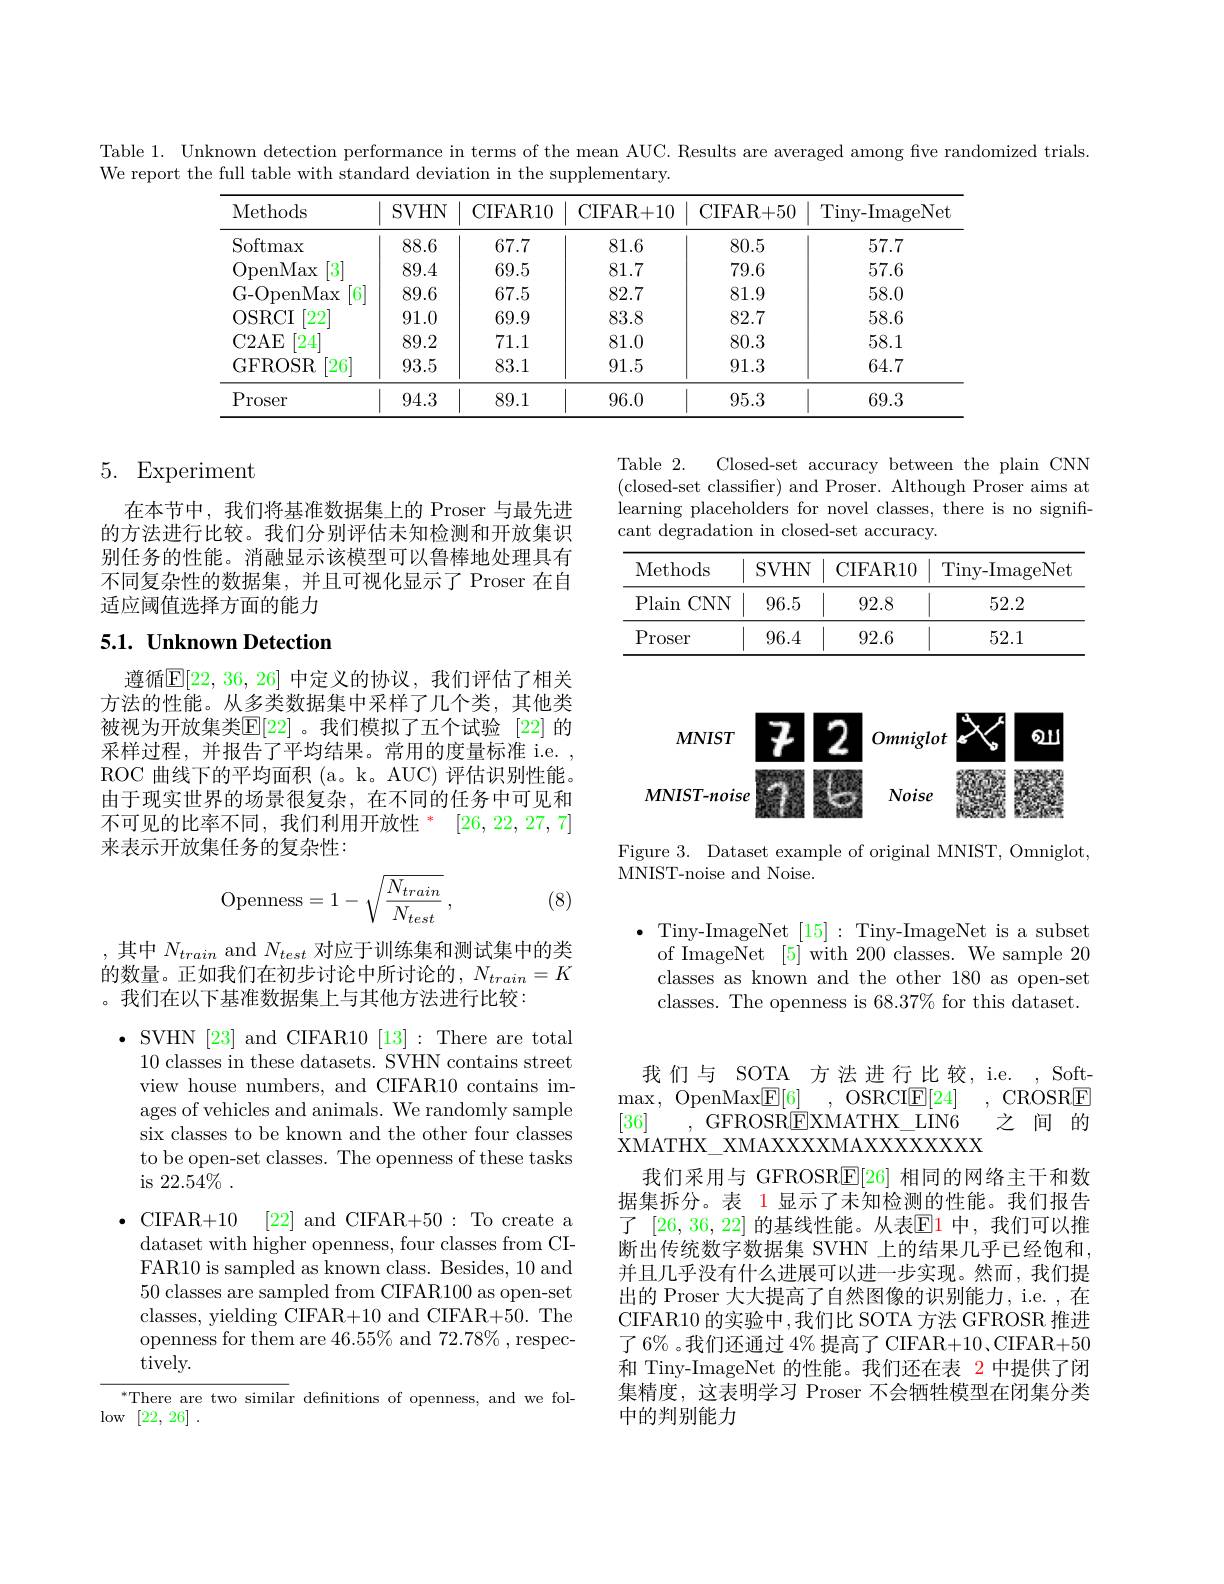
Table 1. Unknown detection performance in terms of the mean AUC. Results are averaged among five randomized trials
We report the full table with standard deviation in the supplementary.

<table>
	<tbody>
		<tr>
			<th>Methods</th>
			<th>$SVHN$</th>
			<th>CIFAR10</th>
			<th>CIFAR+ 10</th>
			<th>CIFAR+ 50</th>
			<th>Tiny- ImageNet</th>
		</tr>
		<tr>
			<td>Softmax</td>
			<td>88.6</td>
			<td>67.7</td>
			<td>81.6</td>
			<td>80.5</td>
			<td>57.7</td>
		</tr>
		<tr>
			<td>OpenMax $3^{\cdot}$</td>
			<td>89.4</td>
			<td>69.5</td>
			<td>81.7</td>
			<td>79.6</td>
			<td>57.6</td>
		</tr>
		<tr>
			<td>G- OpenMax $\dot{6}$</td>
			<td>89.6</td>
			<td>67.5</td>
			<td>82.7</td>
			<td>81.9</td>
			<td>58.0</td>
		</tr>
		<tr>
			<td>OSRCI [222</td>
			<td>91.0</td>
			<td>69.9</td>
			<td>83.8</td>
			<td>82.7</td>
			<td>58.6</td>
		</tr>
		<tr>
			<td>C2AE 24</td>
			<td>89.2</td>
			<td>71.1</td>
			<td>81.0</td>
			<td>80.3</td>
			<td>58.1</td>
		</tr>
		<tr>
			<td>GFROSR 26</td>
			<td>93.5</td>
			<td>83.1</td>
			<td>91.5</td>
			<td>91.3</td>
			<td>64.7</td>
		</tr>
		<tr>
			<td>Proser</td>
			<td>94.3</td>
			<td>89.1</td>
			<td>96.0</td>
			<td>95.3</td>
			<td>69.3</td>
		</tr>
	</tbody>
</table>

# 5. Experiment

Table 2.
Closed-set accuracy between the plain CNN
(closed-set classifier) and Proser. Although Proser aims at learning placeholders for novel classes, there is no significant degradation in closed-set accuracy.

在本节中，我们将基准数据集上的 Proser 与最先进的方法进行比较。我们分别评估未知检测和开放集识别任务的性能。消融显示该模型可以鲁棒地处理具有不同复杂性的数据集，并且可视化显示了 Proser 在自适应阈值选择方面的能力

<table>
	<tbody>
		<tr>
			<th>Methods</th>
			<th>SVHN</th>
			<th>CIFAR10</th>
			<th>Tiny- ImageNet</th>
		</tr>
		<tr>
			<td>Plain $CNN$</td>
			<td>96.5</td>
			<td>92.8</td>
			<td>52.2</td>
		</tr>
		<tr>
			<td>Proser</td>
			<td>96.4</td>
			<td>92.6</td>
			<td>52.1</td>
		</tr>
	</tbody>
</table>

## 5.1. Unknown Detection

遵循$\mathbb{E}[22,36,26]$ 中定义的协议，我们评估了相关方法的性能。从多类数据集中采样了几个类，其他类被视为开放集类$\mathbb{E}[22]$ 。我们模拟了五个试验 [22]的采样过程，并报告了平均结果。常用的度量标准 i.e. ROC 曲线下的平均面积 (a。k。AUC) 评估识别性能。由于现实世界的场景很复杂，在不同的任务中可见和不可见的比率不同，我们利用开放性$^*$ [26,22,27,7] 来表示开放集任务的复杂性：

<FigureHere>

Figure 3. Dataset example of original MNIST, Omniglot,
$\bar{\mathrm{MNIST-noise~and~Noise.}}$
$$\mathrm{Openness}=1-\sqrt{\frac{N_{train}}{N_{test}}}\:,$$
(8)

$\bullet$Tiny-ImageNet[15]:Tiny-ImageNet is a subset
of ImageNet [5] with 200 classes. We sample 20 classes as known and the other 180 as open-set classes. The openness is 68.37% for this dataset.

,其中$N_{train}$ and $N_{test}$对应于训练集和测试集中的类的数量。正如我们在初步讨论中所讨论的，$N_train=K$ 。我们在以下基准数据集上与其他方法进行比较：

$\bullet$ SVHN [23] and CIFAR10 [13]: There are total
10 classes in these datasets. SVHN contains street view house numbers, and CIFAR10 contains images of vehicles and animals. We randomly sample six classes to be known and the other four classes to be open-set classes. The openness of these tasks is 22. 54$\%$ .

CIFAR+10 [22] and CIFAR+50 : To create a dataset with higher openness, four classes from CIFAR10 is sampled as known class. Besides, 10 and 50 classes are sampled from CIFAR100 as open-set classes, yielding CIFAR+10 and CIFAR+50. The openness for them are 46.55% and 72.78% , respectively.

我们与 SOTA 方法进行比较，i.e. , Soft-
, OSRCI$\mathbb{E} [ 24]$ , CROSRE
$\max$, OpenMax$\boxed{\mathrm{E}}[6]$
[36]
,GFROSREXMATHX\_LIN6 之间的
XMATHX\_ XMAXXXXMAXXXXXXX
我们采用与 GFROSR$\underline{\mathrm{E}}[26]$相同的网络主干和数据集拆分。表 1 显示了未知检测的性能。我们报告了 [26,36,22] 的基线性能。从表$\mathbb{E}$1 中，我们可以推断出传统数字数据集 SVHN 上的结果几乎已经饱和， 并且几乎没有什么进展可以进一步实现。然而，我们提出的 Proser 大大提高了自然图像的识别能力，i.e. ,在CIFAR10 的实验中，我们比 SOTA 方法 GFROSR 推进了 6% 。我们还通过 4% 提高了 CIFAR+10, CIFAR+50和 Tiny-ImageNet 的性能。我们还在表 2 中提供了闭集精度，这表明学习 Proser 不会牺牲模型在闭集分类中的判别能力

$^*$There are two similar defnitions of openness, and we fol-
low [22,26].